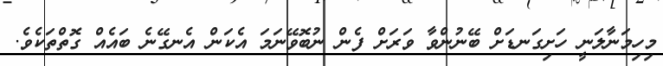
މިހިމަނާލަނީ ހަށިގަނޑަށް ބޭނުންވާ ވަރަށް ފެން ނުބޮވޭނަމަ އެކަން އެނގޭނެ ބައެއް ގޮތްތަކެވެ.